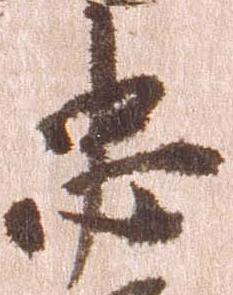
忠